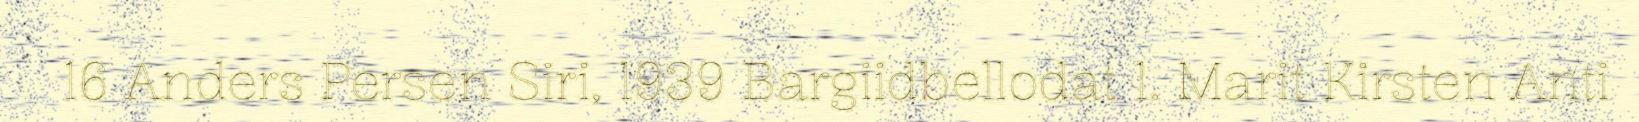
16 Anders Persen Siri, 1939 Bargiidbellodat 1. Marit Kirsten Anti